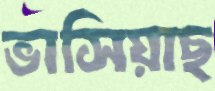
ভাসিয়াছ